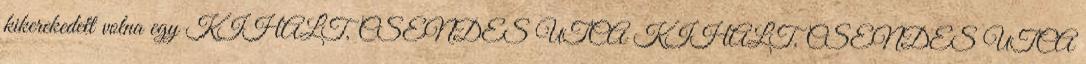
kikerekedett volna egy KIHALT, CSENDES UTCA KIHALT, CSENDES UTCA